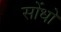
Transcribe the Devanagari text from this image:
सोंधो